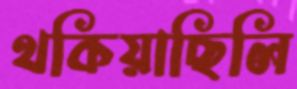
থকিয়াছিলি